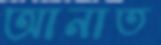
আনাত